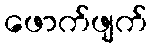
ဖောက်ဖျက်